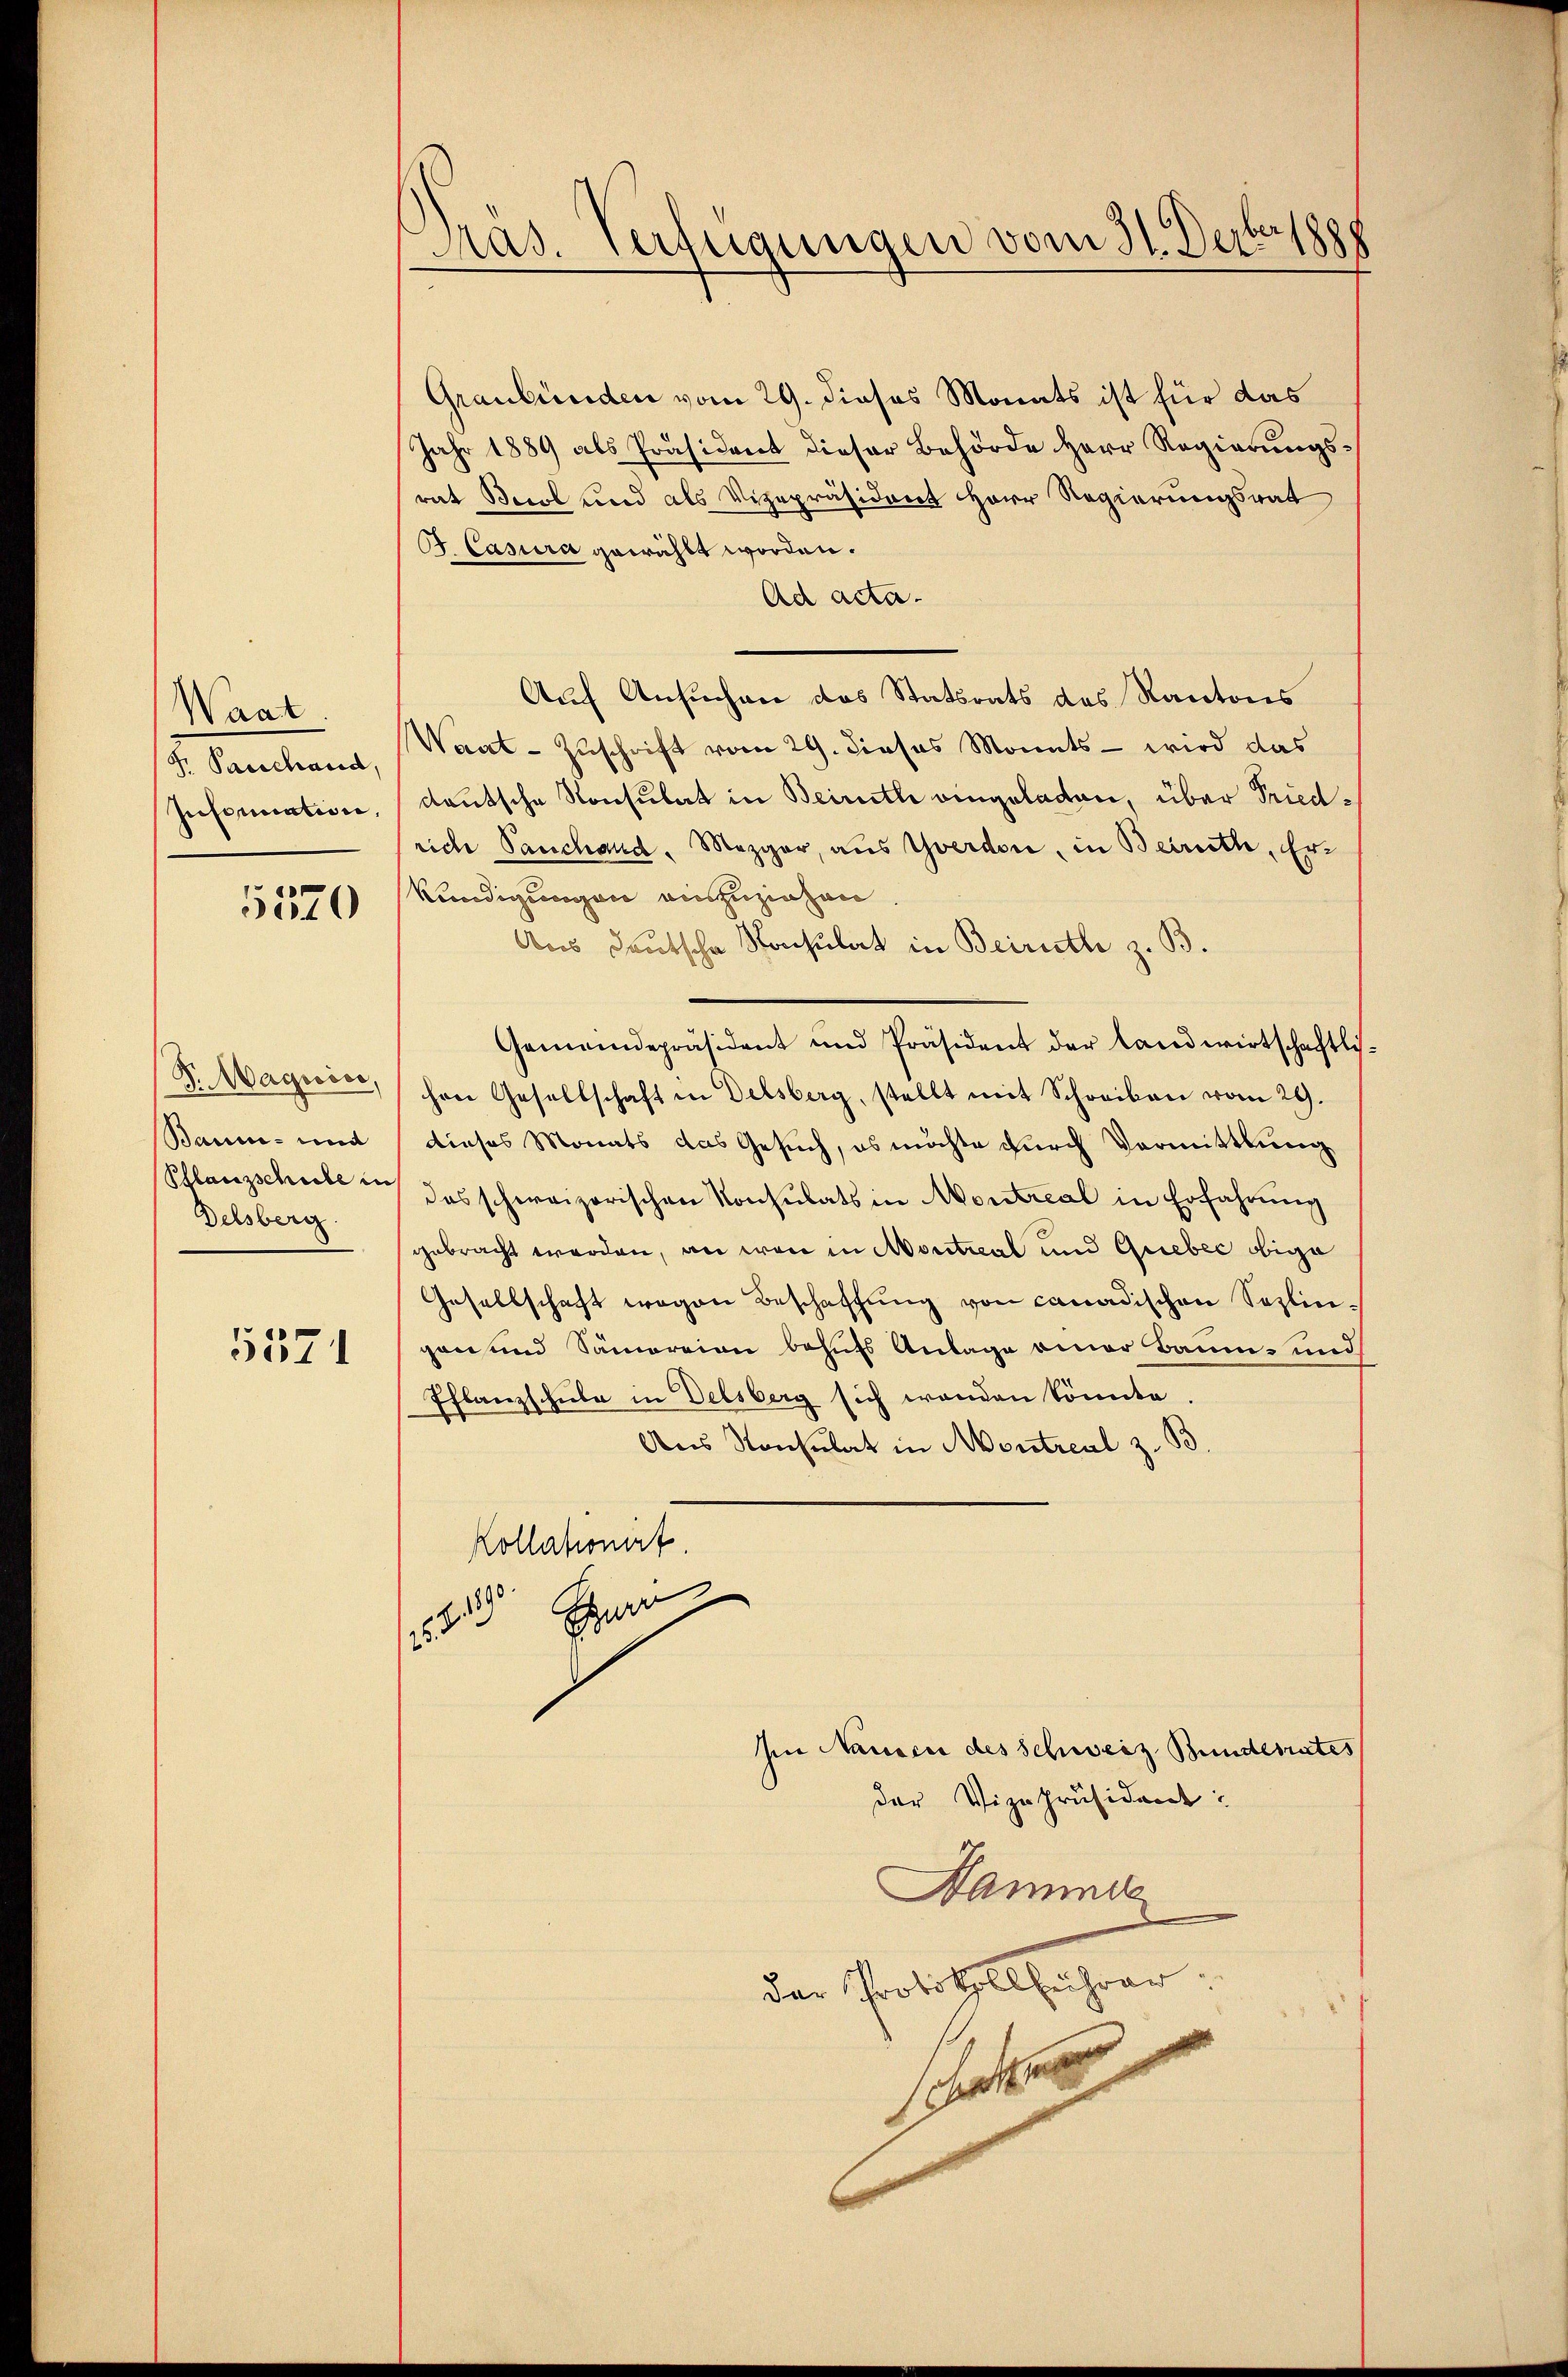
Waat
S. Parschaud,
Insinuation,

5570

Sr Magisse,
Baum- und
Pflanzschule u
Delsberg.

5371

Pras. Verfügungen vom H. Decbrszpp

Graubünden vom 29. dieses Monats ist für das
jahr 1889 als Präsident dieser Behörde Herr Regierungs¬
1
rat Berol und als Vizepräsident Herr Regierungsrat
B. Casura gewählt worden.
Ad acta.
Auf Ansuchen das Statsrats des Kantons
Waat-Zuschrift vom 29. dieses Monats - wird das
deutsche Konsulat in Beirath eingeladen, über Friedriche Tauschand, Mezger, aus Yverdon, in Berneth, Er¬
Kündigungen auszuziehen.
Aus deutsche Schulat in Beiruthe z. B.
Gemeindepräsident und Präsident der landwirtschaftlich-
hen Gesellschaft in Delsberg, stellt mit Schreiben vom 29.
dieses Monats das Gesuch, es möchte durch Vormittlung
das schweizerischen Konsulats in Montreal in Erfahrung
gebracht werden, an war in Montieal und Quebec obige
Gesellschaft wegen Beschaffung von canadischen Soplingan und Samoreien behufs Anlage einer Baum- und
Pflanzschule in Delsberg sich wenden könnte.
Aus Konsulat in Montreal z. B.
Kollationat
 Ehe
Im Hausen des Schweiz Bundesrates
der Vizepräsident:
Dammde
der Protokollfahren.
t